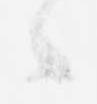
候